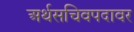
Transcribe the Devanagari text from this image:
अर्थसचिवपदावर